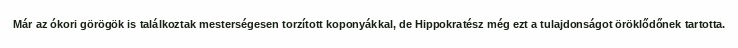
Már az ókori görögök is találkoztak mesterségesen torzított koponyákkal, de Hippokratész még ezt a tulajdonságot öröklődőnek tartotta.